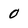
Character: 0